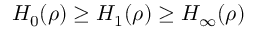
H _ { 0 } ( \rho ) \geq H _ { 1 } ( \rho ) \geq H _ { \infty } ( \rho )